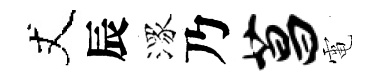
丈辰潈乃菖電